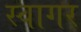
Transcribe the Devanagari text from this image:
स्वागर